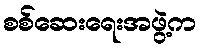
စစ်ဆေးရေးအဖွဲ့က